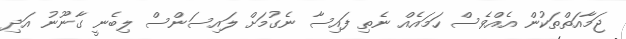
ޖަމާއަތްތަކުން އެއްވެސް ހަމައެއް ނެތި ފައިސާ ނެގުމަށް ލައިސަންސް ލިބެނީ ގާނޫނު އަދި